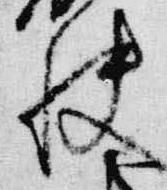
快